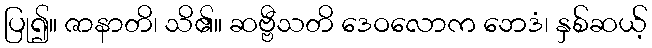
ပြု၍။ ဇာနာတိ၊ သိ၏။ ဆဗ္ဗီသတိ ဒေဝလောက ဘေဒံ၊ နှစ်ဆယ့်